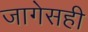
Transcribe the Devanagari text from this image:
जागेसही